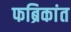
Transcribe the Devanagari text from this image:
फब्रिकांत